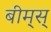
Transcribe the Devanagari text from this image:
बीम्‌स्